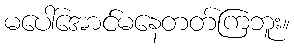
မပေါ်အောင်မနေတတ်ကြဘူး။